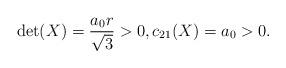
LaTeX: \begin{align*}\det(X) = \frac{a_0 r}{\sqrt{3}}>0, c_{21}(X) = a_0 > 0.\end{align*}